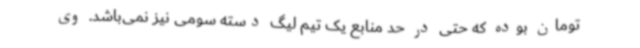
تومان بوده که حتی در حد منابع یک تیم لیگ دسته سومی نیز نمی‌باشد. وی